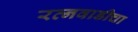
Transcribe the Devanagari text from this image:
रत्नवाडीचा